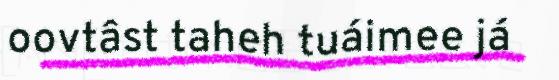
oovtâst taheh tuáimee já